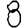
Digit: 8